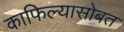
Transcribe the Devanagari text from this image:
काफिल्यासोबत